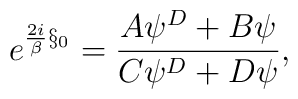
e^{{{2i}\over\beta}{\S}_0}={A\psi^D +B\psi\over C\psi^D+D\psi},